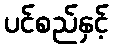
ပင်စည်နှင့်